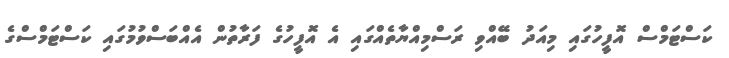
ކަސްޓަމްސް އޮފީހުގައި މިއަދު ބޭއްވި ރަސްމިއްޔާތެއްގައި އެ އޮފީހުގެ ފަރާތުން އެއްބަސްވުމުގައި ކަސްޓަމްސްގެ